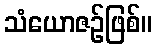
သံယောဇဉ်ဖြစ်။